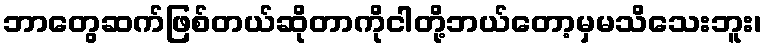
ဘာတွေဆက်ဖြစ်တယ်ဆိုတာကိုငါတို့ဘယ်တော့မှမသိသေးဘူး၊